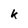
Character: k